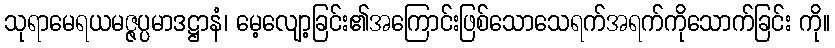
သုရာမေရယမဇ္ဇပ္ပမာဒဋ္ဌာနံ၊ မေ့လျော့ခြင်း၏အကြောင်းဖြစ်သောသေရက်အရက်ကိုသောက်ခြင်း ကို။